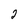
Character: 2